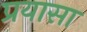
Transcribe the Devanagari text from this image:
प्रयासा